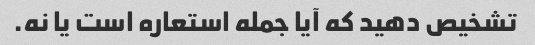
تشخیص دهید که آیا جمله استعاره است یا نه.